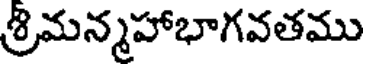
శ్రిమన్మహాభాగవతము